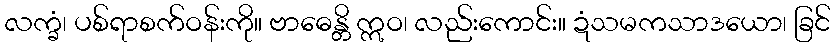
လက္ခံ၊ ပစ်ရာစက်ဝန်းကို။ ဗာဓေန္တိ ဣဝ၊ လည်းကောင်း။ ဍံသမကသာဒယော၊ ခြင်